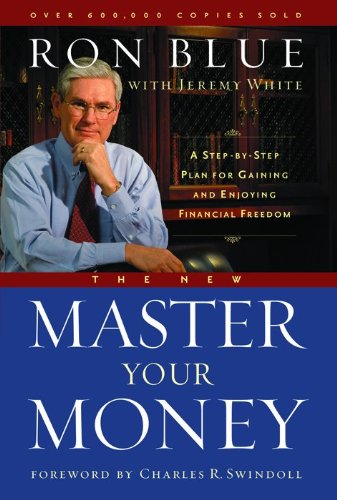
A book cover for The New Master Your Money: A Step-by-Step Plan for Gaining and Enjoying Financial Freedom; Jeremy White; Christian Books & Bibles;